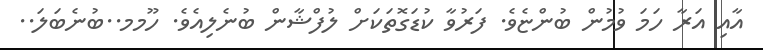
އާއި އަރާ ހަމަ ވުމުން ބުންޏެވެ. ފަރުވާ ކުޑަގޮތަކަށް ލުފްޝާން ބުނެލިއެވެ. ހޫމމ..ބުނެބަލަ..